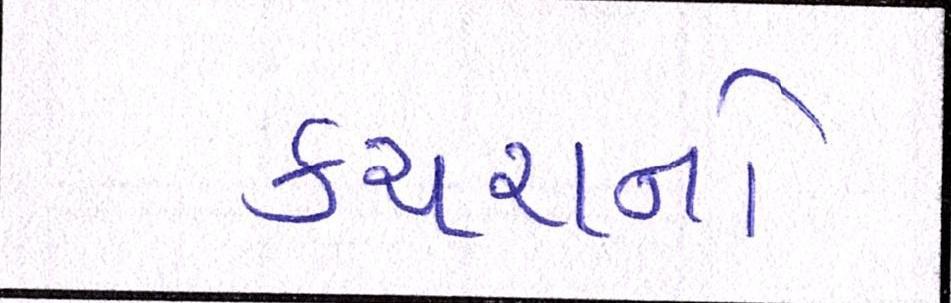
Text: કચરાનો